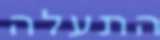
התעלה